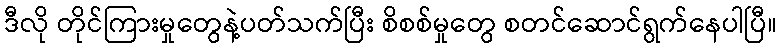
ဒီလို တိုင်ကြားမှုတွေနဲ့ပတ်သက်ပြီး စိစစ်မှုတွေ စတင်ဆောင်ရွက်နေပါပြီ။